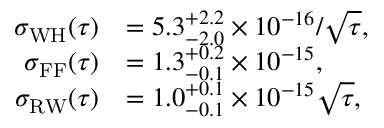
\begin{array} { r l } { \sigma _ { \mathrm { W H } } ( \tau ) } & { = 5 . 3 _ { - 2 . 0 } ^ { + 2 . 2 } \times 1 0 ^ { - 1 6 } / \sqrt { \tau } , } \\ { \sigma _ { \mathrm { F F } } ( \tau ) } & { = 1 . 3 _ { - 0 . 1 } ^ { + 0 . 2 } \times 1 0 ^ { - 1 5 } , } \\ { \sigma _ { \mathrm { R W } } ( \tau ) } & { = 1 . 0 _ { - 0 . 1 } ^ { + 0 . 1 } \times 1 0 ^ { - 1 5 } \sqrt { \tau } , } \end{array}